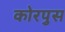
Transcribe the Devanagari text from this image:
कोरपुस